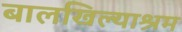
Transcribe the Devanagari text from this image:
बालखिल्याश्रम